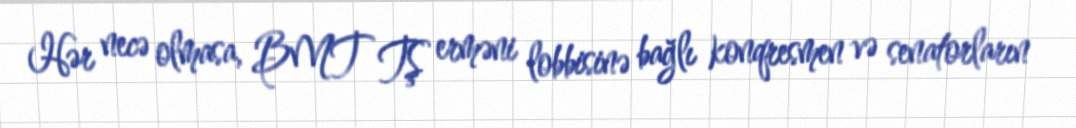
Hər necə olmasa, BMT TŞ erməni lobbisinə bağlı konqresmen və senatorların